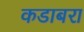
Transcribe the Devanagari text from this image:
कडाबरा